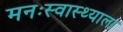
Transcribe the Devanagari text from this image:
मनःस्वास्थ्याला